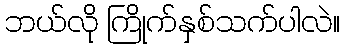
ဘယ်လို ကြိုက်နှစ်သက်ပါလဲ။